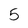
Character: 5